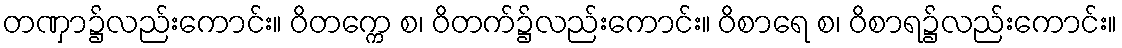
တဏှာ၌လည်းကောင်း။ ဝိတက္ကေ စ၊ ဝိတက်၌လည်းကောင်း။ ဝိစာရေ စ၊ ဝိစာရ၌လည်းကောင်း။